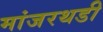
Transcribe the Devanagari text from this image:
मांजरथडी